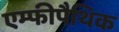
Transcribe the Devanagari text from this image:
एम्फीपैथिक